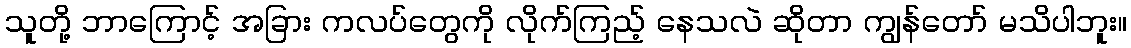
သူတို့ ဘာကြောင့် အခြား ကလပ်တွေကို လိုက်ကြည့် နေသလဲ ဆိုတာ ကျွန်တော် မသိပါဘူး။